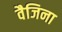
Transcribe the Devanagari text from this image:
वैजिना